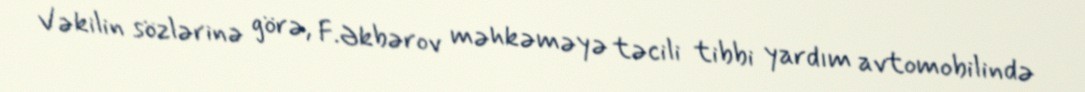
Vəkilin sözlərinə görə, F.Əkbərov məhkəməyə təcili tibbi yardım avtomobilində